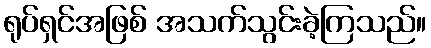
ရုပ်ရှင်အဖြစ် အသက်သွင်းခဲ့ကြသည်။